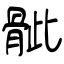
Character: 骴